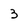
Character: 3